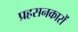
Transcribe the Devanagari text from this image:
प्रहसनकारों